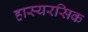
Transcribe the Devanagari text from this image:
हास्यरसिक